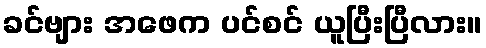
ခင်ဗျား အဖေက ပင်စင် ယူပြီးပြီလား။